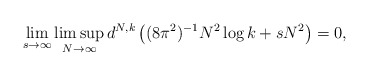
\begin{align*}\lim_{s \to \infty} \limsup_{N\to \infty} d^{N,k} \left( (8\pi^2)^{-1}N^2\log k+sN^2 \right)=0,\end{align*}